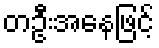
တဦးအနေဖြင့်